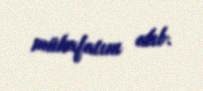
mükafatını alıb.